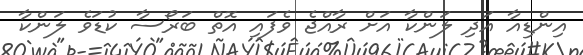
އިންޑިއާ އަދި ލަންކާ އަށް ރާއްޖެ ވެފައި އޮތް ބަރޯސާ ކުޑަވެ ލަންކާ